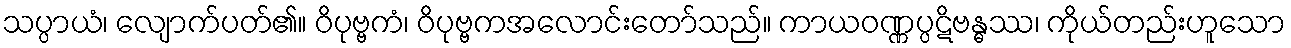
သပ္ပာယံ၊ လျောက်ပတ်၏။ ဝိပုဗ္ဗကံ၊ ဝိပုဗ္ဗကအလောင်းတော်သည်။ ကာယဝဏ္ဏပ္ပဋိဗန္ဓဿ၊ ကိုယ်တည်းဟူသော